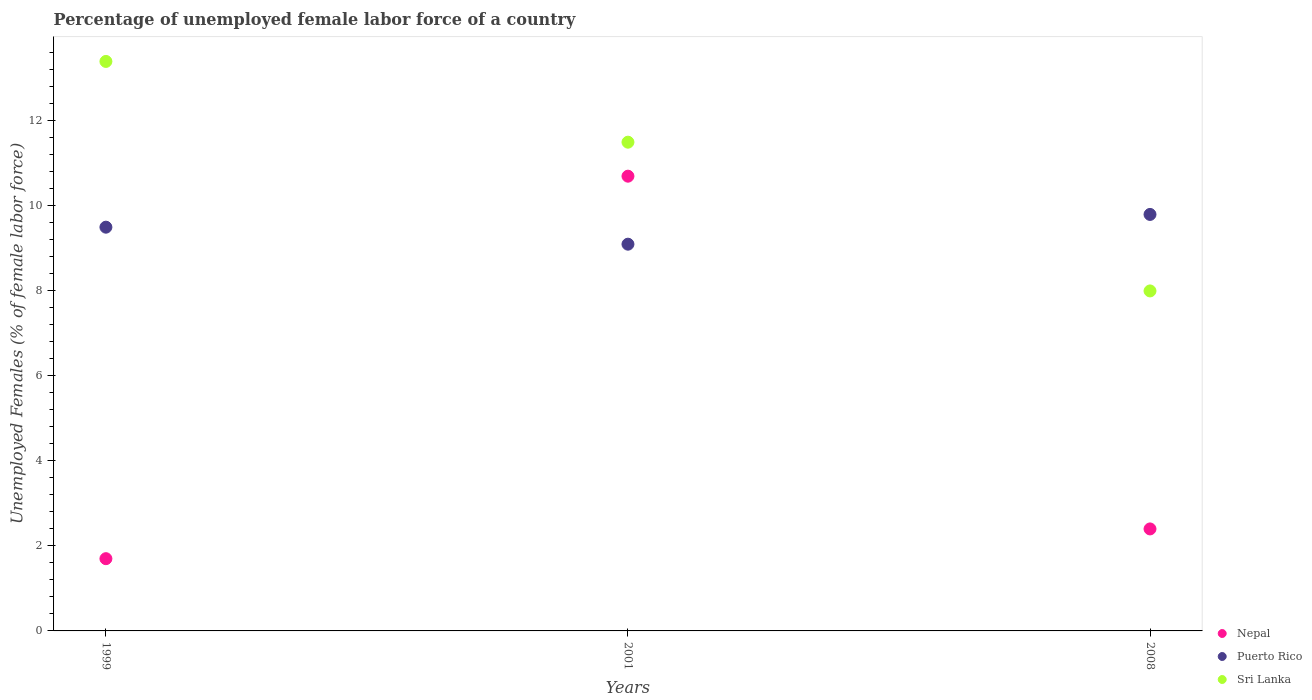
| Years | Nepal | Puerto Rico | Sri Lanka |
 | --- | --- | --- | --- |
 | 1999 | 1.7 | 9.5 | 13.4 |
 | 2001 | 10.7 | 9.1 | 11.5 |
 | 2008 | 2.4 | 9.8 | 8 |